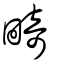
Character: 畸